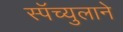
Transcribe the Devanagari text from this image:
स्पॅच्युलाने